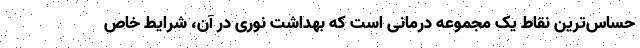
حساس‌ترین نقاط یک مجموعه درمانی است که بهداشت نوری در آن، شرایط خاص